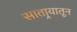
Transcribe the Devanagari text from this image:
सातार्‍यातून